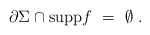
\begin{align*} \partial\Sigma \cap \mathrm{supp} f~=~\emptyset~.\end{align*}